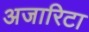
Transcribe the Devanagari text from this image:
अजारिटा